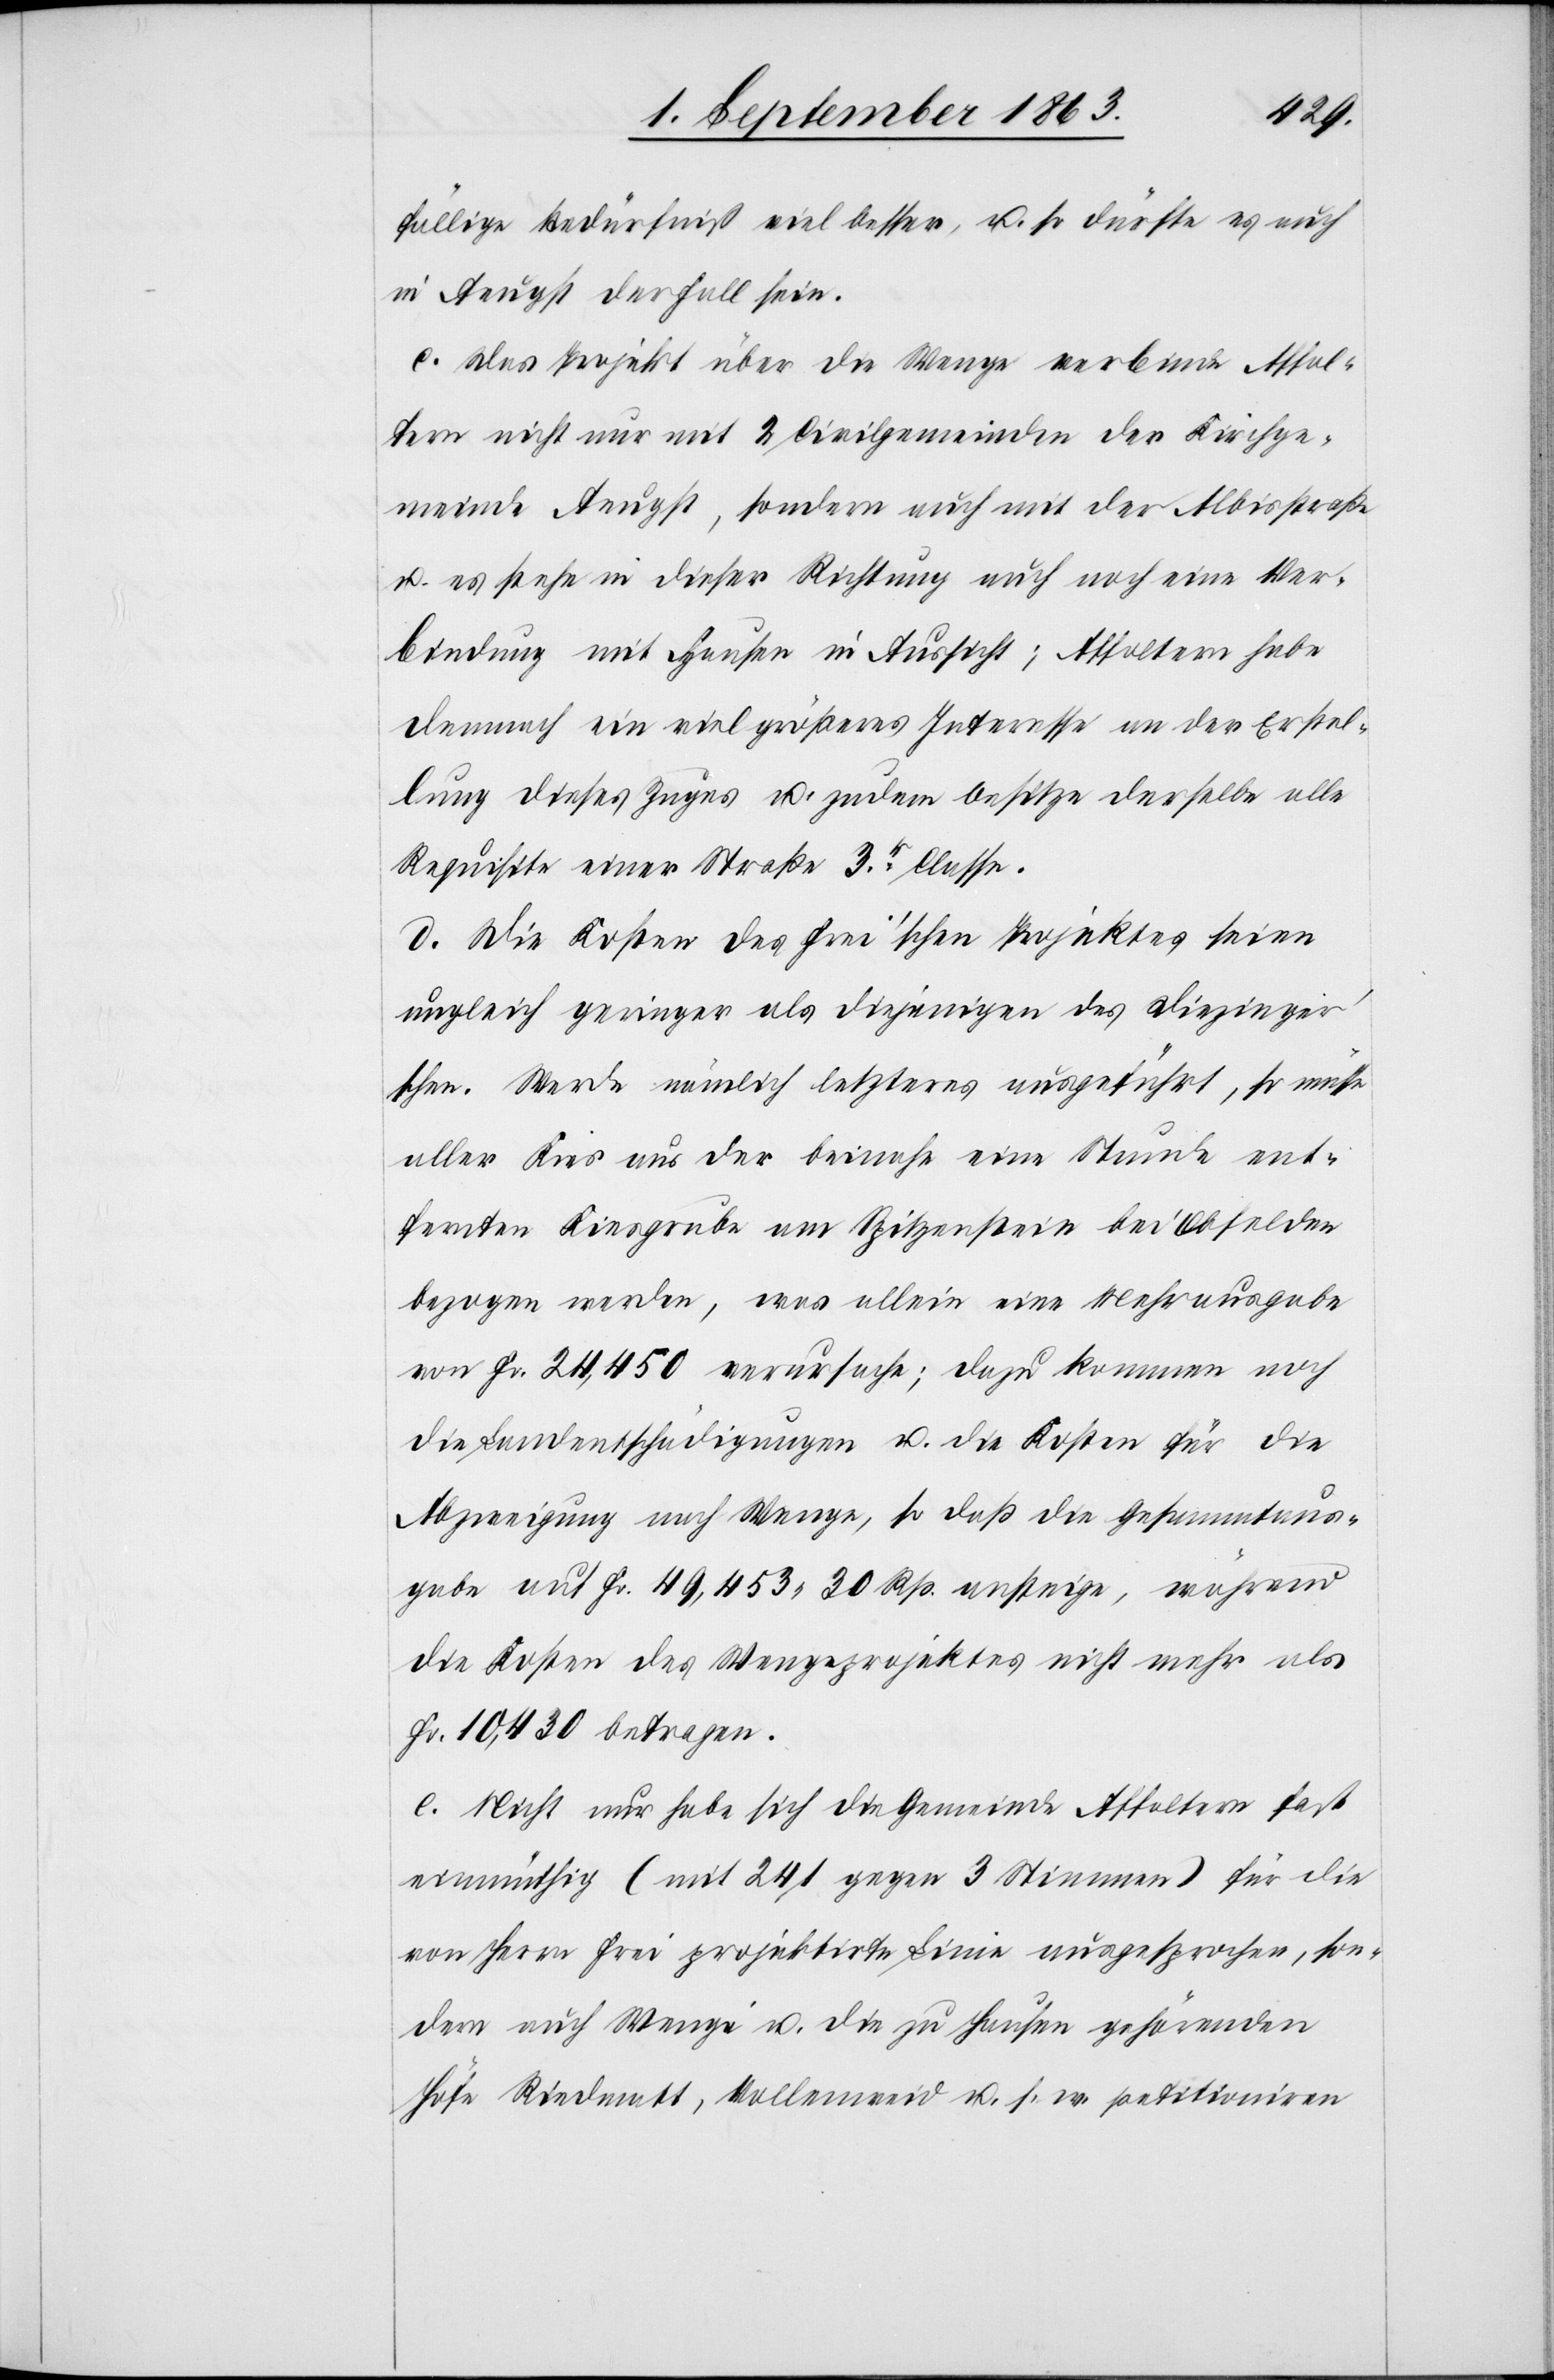
fällige Bedürfniß viel besser, u. so dürfte es auch
in Aeugst der Fall sein.
c. Das Projekt über die Wenge verbinde Affol¬
tern nicht nur mit 2 Civilgemeinden der Kirchge¬
meinde Aeugst, sondern auch mit der Albisstraße
u. es stehe in dieser Richtung auch noch eine Ver¬
bindung mit Hausen in Aussicht; Affoltern habe
dennoch ein viel größeres Interesse an der Erstel¬
lung dieses Zuges u. zudem besitze derselbe alle
Requisite einer Straße 3r Classe.
d. Die Kosten des Frei'schen Projektes seien
ungleich geringer als diejenigen des Diezinger's¬
chen. Werde nämlich letzteres ausgeführt, so müsse
aller Kies aus der beinahe eine Stunde ent¬
fernten Kiesgrube am Spitzenstein bei Obfelden
bezogen werden, was allein eine Mehrausgabe
von Fr. 24,450 verursache; dazu kommen noch
die Landentschädigungen u. die Kosten für die
Abzweigung nach Wenge, so daß die Gesammtaus¬
gabe auf Fr. 49,453. 30 Rp. ansteige, während
die Kosten des Wengeprojektes nicht mehr als
Fr. 10,430 betragen.
e. Nicht nur habe sich die Gemeinde Affoltern fast
einmüthig (mit 241 gegen 3 Stimmen) für die
von Herrn Frei projektirte Linie ausgesprochen, son¬
dern auch Wenge u. die zu Hausen gehörenden
Höfe Riedmatt, Vollenweid u. s. w. petitioniren